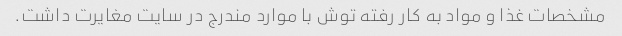
مشخصات غذا و مواد به کار رفته توش با موارد مندرج در سایت مغایرت داشت.